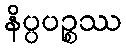
နိပ္ပပဉ္စဿ